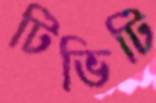
টিভিটি